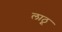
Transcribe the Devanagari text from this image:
लाठू